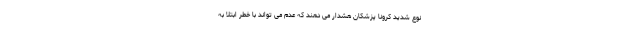
نوع شدید کرونا پزشکان هشدار می دهند که عدم می تواند با خطر ابتلا به